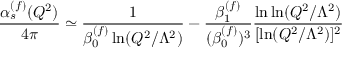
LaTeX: \frac { \alpha _ { s } ^ { ( f ) } ( Q ^ { 2 } ) } { 4 \pi } \simeq \frac { 1 } { \beta _ { 0 } ^ { ( f ) } \ln ( Q ^ { 2 } / \Lambda ^ { 2 } ) } - \frac { \beta _ { 1 } ^ { ( f ) } } { ( \beta _ { 0 } ^ { ( f ) } ) ^ { 3 } } \frac { \ln \ln ( Q ^ { 2 } / \Lambda ^ { 2 } ) } { [ \ln ( Q ^ { 2 } / \Lambda ^ { 2 } ) ] ^ { 2 } }